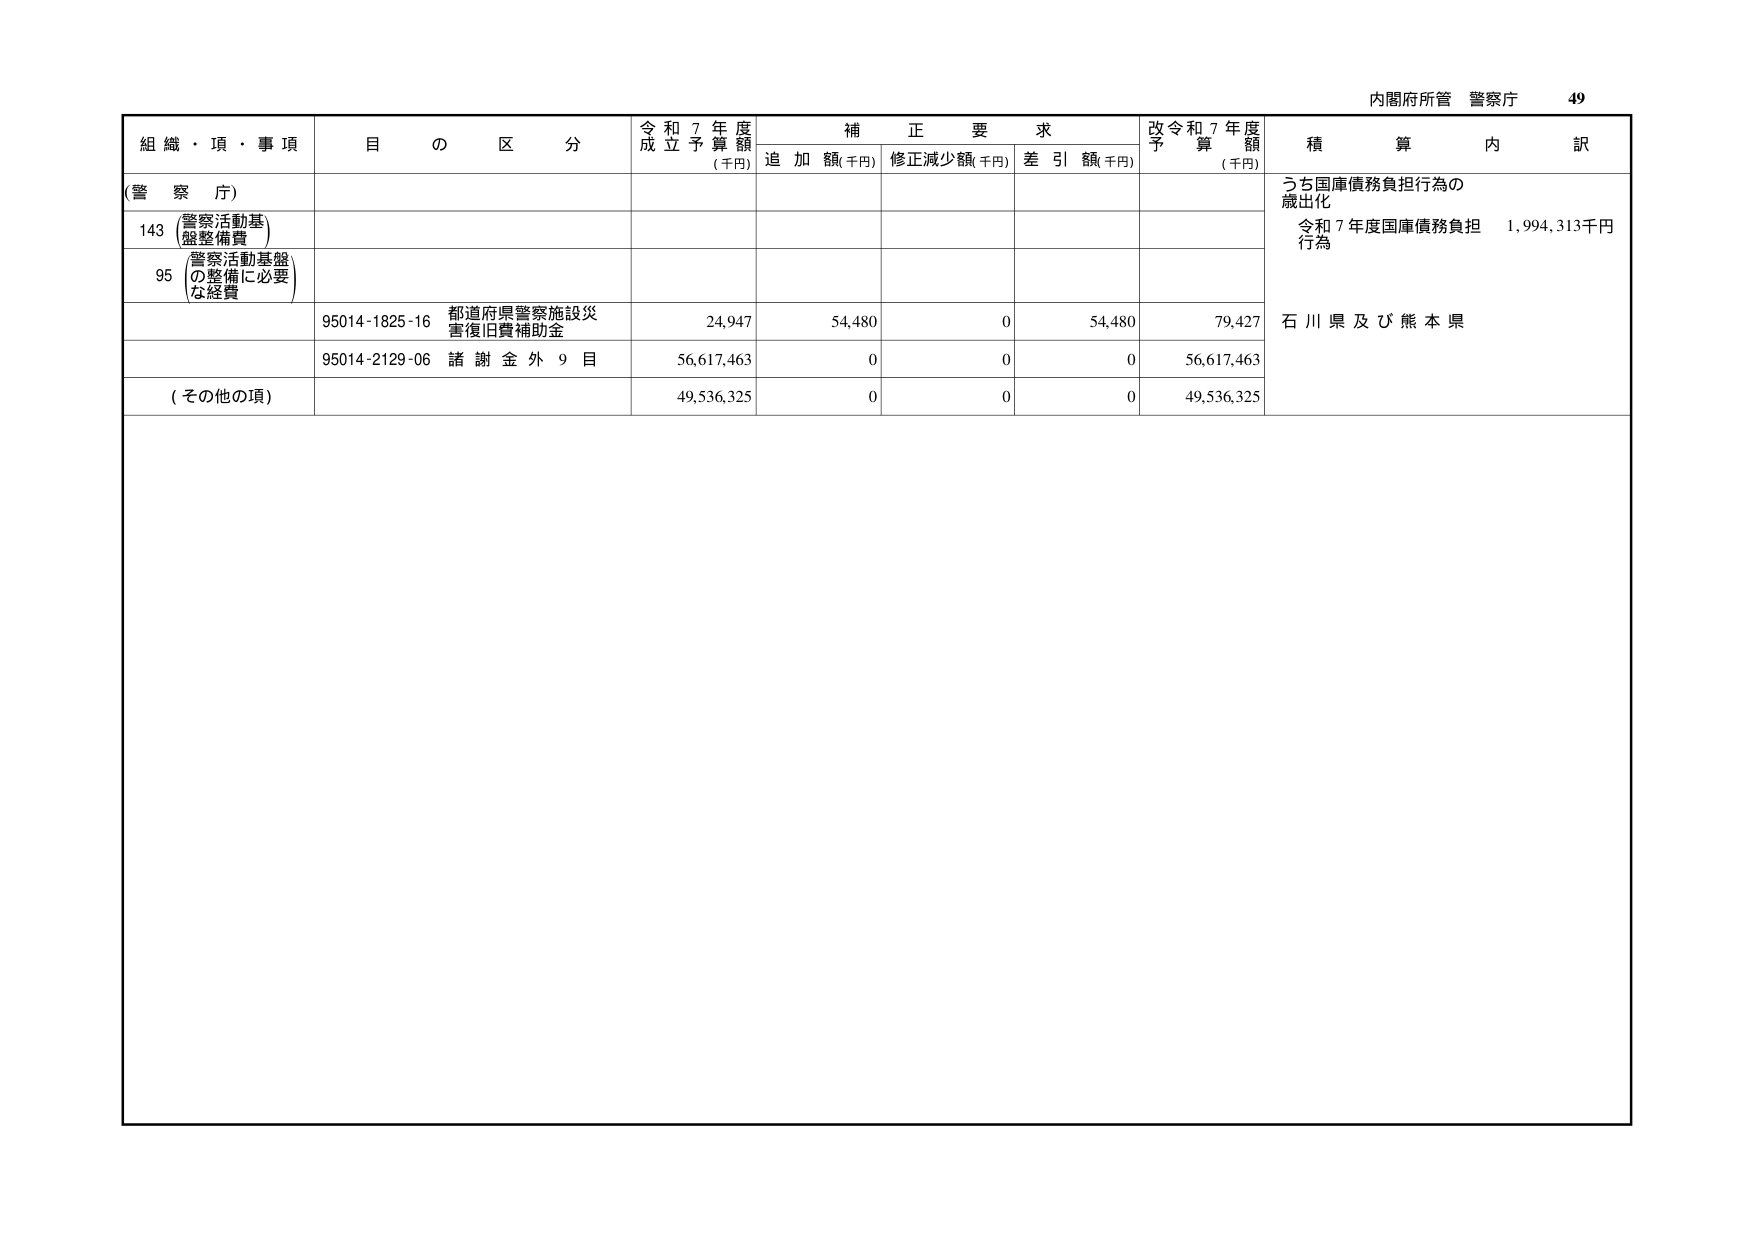
内閣府所管 警察庁 49

組織・項・事項 目の区分 令和7年度成立予算額(千円) 補正要求 追加額(千円) 修正減少額(千円) 差引額(千円) 改令和7年度予算額(千円) 積算内訳

(警察庁)

143 (警察活動基盤整備費)

95 (警察活動基盤の整備に必要な経費)

95014-1825-16 都道府県警察施設災害復旧費補助金 24,947 54,480 0 54,480 79,427

95014-2129-06 諸謝金外9目 56,617,463 0 0 0 56,617,463

(その他の項) 49,536,325 0 0 0 49,536,325

うち国庫債務負担行為の歳出化 令和7年度国庫債務負担行為 1,994,313千円 石川県及び熊本県